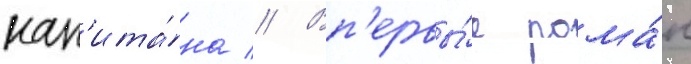
кап'ита́на // Вп'ервы́е рома́н